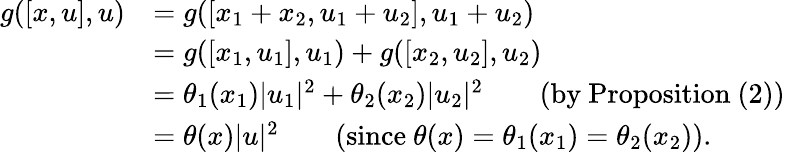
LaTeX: \begin{array}{rl}{g([x,u],u)}&{=g([x_{1}+x_{2},u_{1}+u_{2}],u_{1}+u_{2})}\\ &{=g([x_{1},u_{1}],u_{1})+g([x_{2},u_{2}],u_{2})}\\ &{=\theta_{1}(x_{1})|u_{1}|^{2}+\theta_{2}(x_{2})|u_{2}|^{2}\qquad\mathrm{(by~Proposition~(2))}}\\ &{=\theta(x)|u|^{2}\qquad(\mathrm{since}\ \theta(x)=\theta_{1}(x_{1})=\theta_{2}(x_{2})).}\end{array}